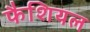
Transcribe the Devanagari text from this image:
फैशियल